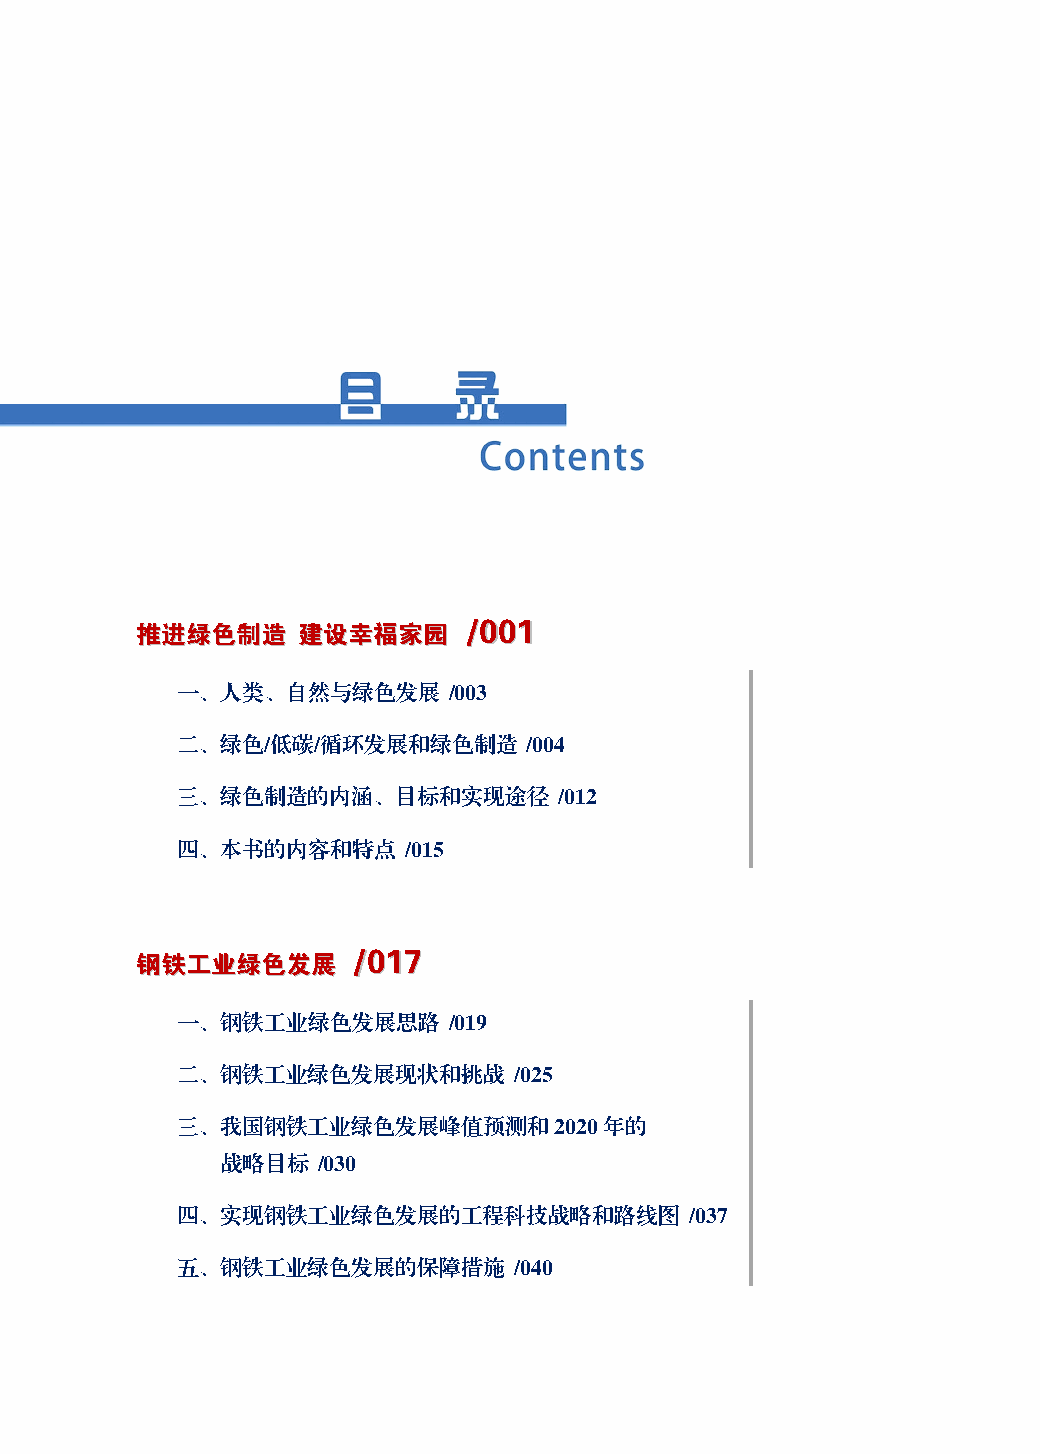
推推进进绿绿色色制制造造 建建设设幸幸福福家家园园 //000011
 一、人类、自然与绿色发展      /003
 二、绿色/低碳/循环发展和绿色制造      /004
 三、绿色制造的内涵、目标和实现途径        /012
 四、本书的内容和特点     /015
 钢钢铁铁工工业业绿绿色色发发展展 //001177
 一、钢铁工业绿色发展思路      /019
 二、钢铁工业绿色发展现状和挑战       /025
 三、我国钢铁工业绿色发展峰值预测和2020年的
 战略目标  /030
 四、实现钢铁工业绿色发展的工程科技战略和路线图           /037
 五、钢铁工业绿色发展的保障措施       /040